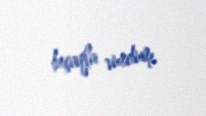
bıçaqla vurdum.